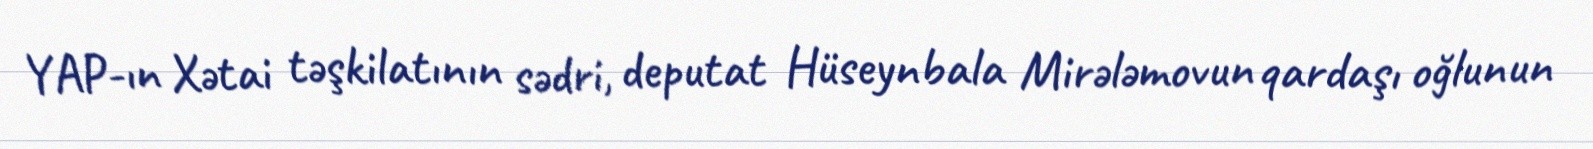
YAP-ın Xətai təşkilatının sədri, deputat Hüseynbala Mirələmovun qardaşı oğlunun